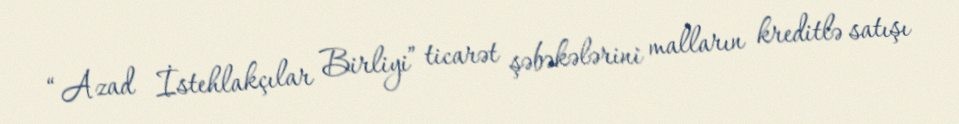
“Azad İstehlakçılar Birliyi” ticarət şəbəkələrini malların kreditlə satışı